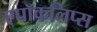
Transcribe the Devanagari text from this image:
एपॉकलिप्स